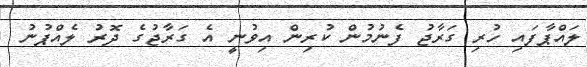
ލައްޕާފައި ހުރި ގަރާޖު ފެނުމުން ކުރިން އިވުނީ އެ ގަރާޖުގެ ދޮރު ލެއްޕުނު